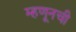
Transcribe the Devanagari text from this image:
म्हणूनची